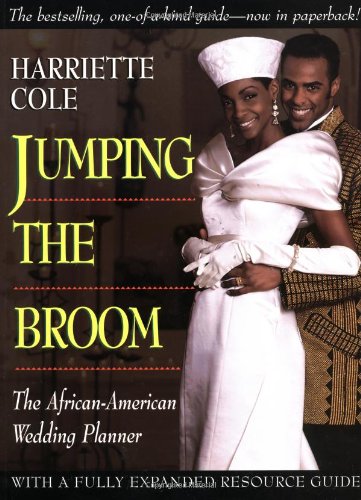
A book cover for Jumping the Broom: The African-American Wedding Planner; Harriette Cole; Crafts, Hobbies & Home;